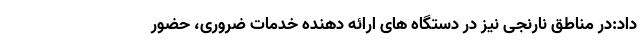
داد:در مناطق نارنجی نیز در دستگاه های ارائه دهنده خدمات ضروری، حضور